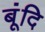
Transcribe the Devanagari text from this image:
बूंदि